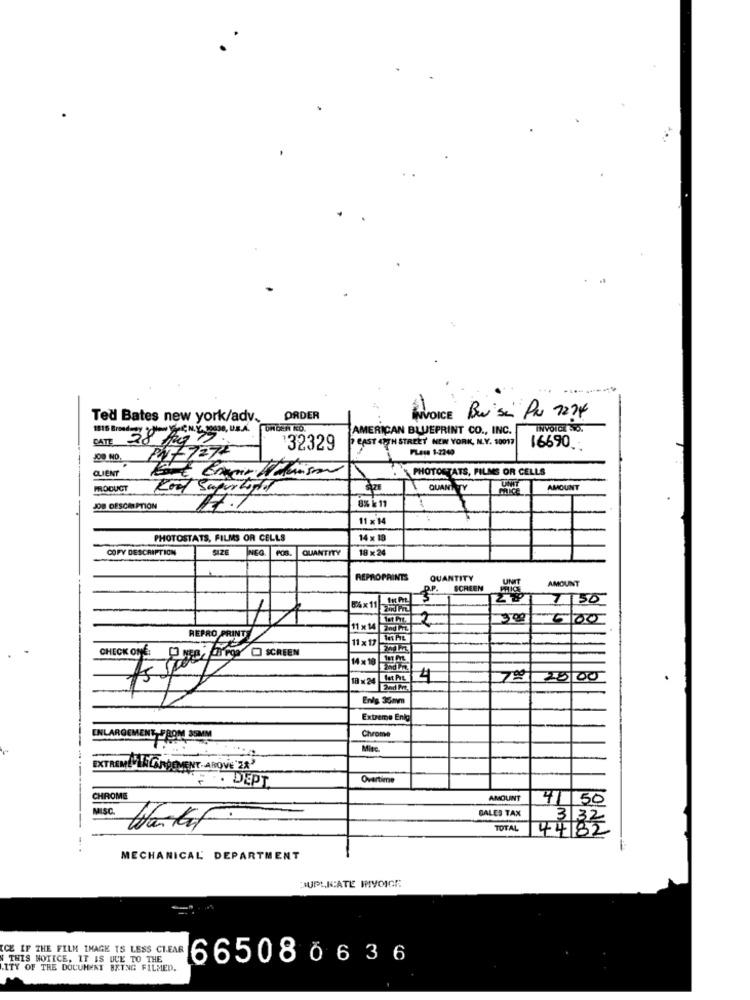
..
Ted Bates new york/adv.
ORDER
INVOICE Bui se PR 7274
1816 Broadway Now YooC N.Y. 10038, UB.A.
AMERICAN BLUEPRINT CO ., INC.
CATE
EAST 4TH STREET NEW YORK, NY. 10017
'32329
PLess 1-2240
16690
PN- 727-
CLIENT
PHOTOSTATS, FILMS OR CELLS
PRODUCT
Kool Super Lord
QUANTITY
AMOUNT
JOB DESCRIPTION
8% k 11
11 . 1
PHOTOSTATS, FILMS OR CELLS
14 x 10
COPY DESCRIPTION
INFO
QUANTITY
18 x 24
REPROPRINTS
QUANTITY
UNIT
AMOUNT
SCREEN
PHICE
8%×11 11 me
150
2
300
REPRO PRINT
11 x 14 2nd TL
11 x17
CHECK ONE:
SCREEN
1×10
18 × 24 fast Px. 4
7º 28 00
2nd Are.
Enis 35mm
Extreme Enig
Chrome
ENLARGEMENT, FROM 35MM
Mitc.
FRODEPT
Overtime
CHROME
AMOUNT
4/ 50
MISC.
GALES TAX
332
Water
TOTAL
4482
MECHANICAL DEPARTMENT
JUPLNATE IMYOIGE
ICE IF THE FILM IMAGE TS LESS CLEAR
W THIS NOTICE, IT IS DUE TO THE
665080636
.ITY OF THE DOCUMENT BRING FILMED.